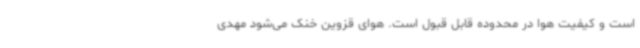
است‌ و کیفیت هوا در محدوده قابل قبول است. هوای قزوین خنک می‌شود مهدی